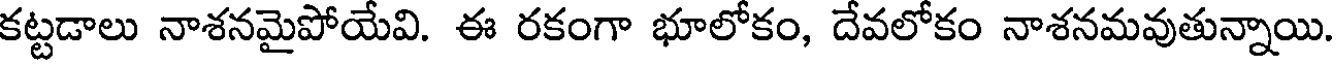
కట్టడాలు నాశనమైపోయేవి. ఈ రకంగా భూలోకం, దేవలోకం నాశనమవుతున్నాయి.